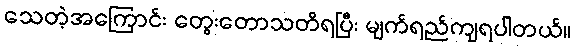
သေတဲ့အကြောင်း တွေးတောသတိရပြီး မျက်ရည်ကျရပါတယ်။